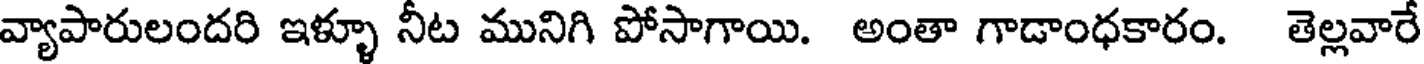
వ్యాపారులందరి ఇళ్ళూ నీట మునిగి పోసాగాయి. అంతా గాడాంధకారం. తెల్లవారే